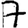
Digit: 7